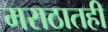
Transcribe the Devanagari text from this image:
मराठातही